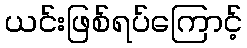
ယင်းဖြစ်ရပ်ကြောင့်